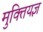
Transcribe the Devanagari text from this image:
मुक्तियज्ञ